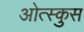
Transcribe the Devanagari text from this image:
ओत्स्कुस